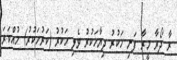
ރާ ދޯރާ މީރާ ފަނި ހަކުރު ދިޔާހަކުރު ވެލި ހަކުރު (ކަރުހަކުރު) ހުއްކަރަ